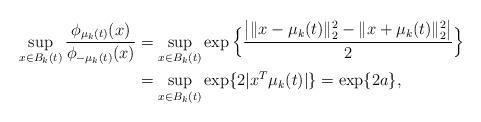
LaTeX: \begin{align*}\sup_{x\in B_k(t)} \frac{\phi_{\mu_k(t)}(x)}{\phi_{-\mu_k(t)}(x)}&=\sup_{{x}\in B_k(t)}\exp\Big\{\frac{\big| \|{x}-\mu_k(t)\|_2^2-\|{x}+\mu_k(t)\|_2^2\big|}{2}\Big\}\\&= \sup_{{x}\in B_k(t)} \exp\{ 2|{x}^T\mu_k(t)| \}=\exp\{ 2a\},\end{align*}